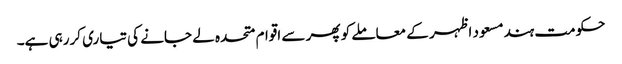
حکومت ہندمسعود اظہر کے معاملے کو پھر سے اقوام متحدہ لے جانے کی تیاری کررہی ہے۔